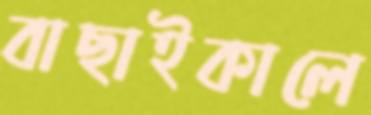
বাছাইকালে